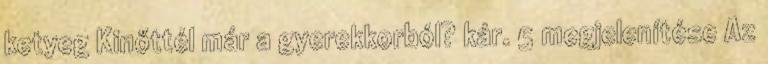
ketyeg Kinőttél már a gyerekkorból? kár. 5 megjelenítése Az